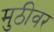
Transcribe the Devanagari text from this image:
मुठीवर